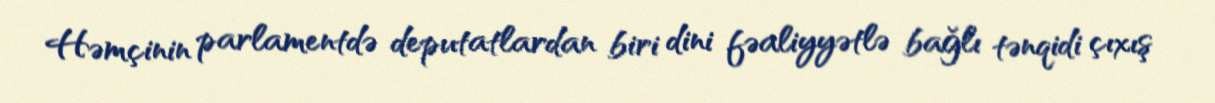
Həmçinin parlamentdə deputatlardan biri dini fəaliyyətlə bağlı tənqidi çıxış